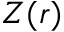
Z ( r )